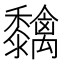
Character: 𮮓